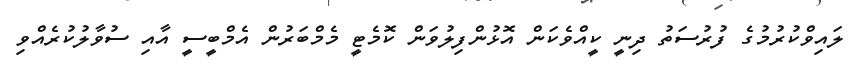
ލައިވްކުރުމުގެ ފުރުސަތު ދިނީ ކީއްވެކަން އޮޅުންފިލުވަން ކޮމެޓީ މެމްބަރުން އެމްބީސީ އާއި ސުވާލުކުރެއްވި